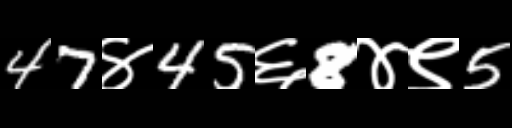
Text: 47४45६8४९5